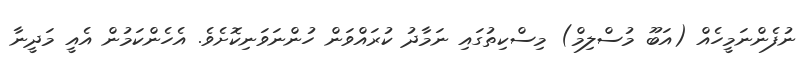
ނުފެންނަމީހެއް (އަބޫ މުސްލިމް) މިސްކިތުގައި ނަމާދު ކުރައްވަން ހުންނަވަނިކޮށެވެ. އެހެންކަމުން އެއީ މަދީނާ